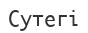
Сутегі